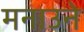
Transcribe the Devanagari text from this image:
मनाउने